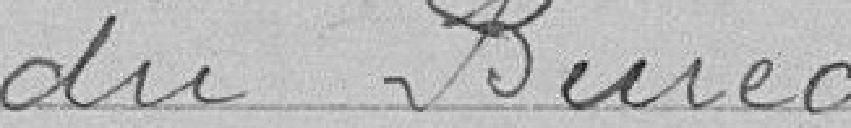
du Bureau